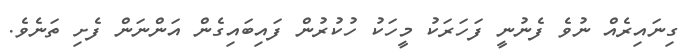
ގިނައިރެއް ނުވެ ފެނުނީ ފަހަރަކު މީހަކު ހުކުރުން ފައިބައިގެން އަންނަން ފެށި ތަނެވެ.